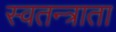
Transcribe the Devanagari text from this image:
स्वतन्त्राता